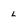
Character: l